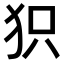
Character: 𤝖